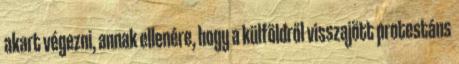
akart végezni, annak ellenére, hogy a külföldről visszajött protestáns